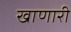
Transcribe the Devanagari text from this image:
खाणारी